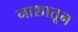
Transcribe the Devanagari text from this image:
नाशातून